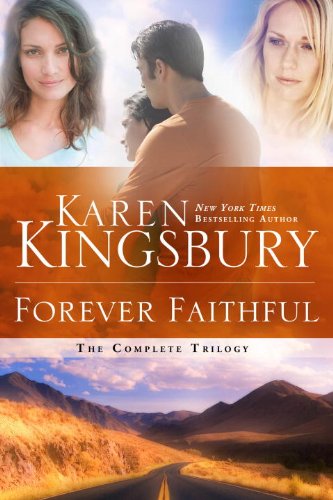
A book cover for Forever Faithful: The Complete Trilogy; Karen Kingsbury; Romance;